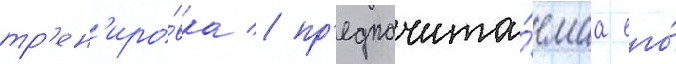
тр'ен'иро́вка / пр'едпочита́емаа его́